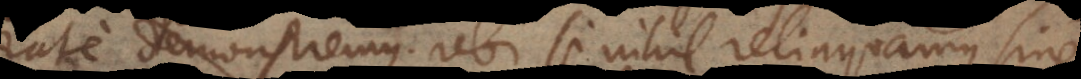
rate demonstremus. Ubi si nihil relinquamus sine